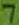
Text: 7